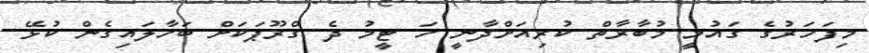
މިފަހަރުގެ ގައުމީ މުބާރާތް ކުރިއަށްދާނީ ހަ ޓީމު ދެ ގްރޫޕަކަށް ބަހާލައިގެން ކުޅޭ